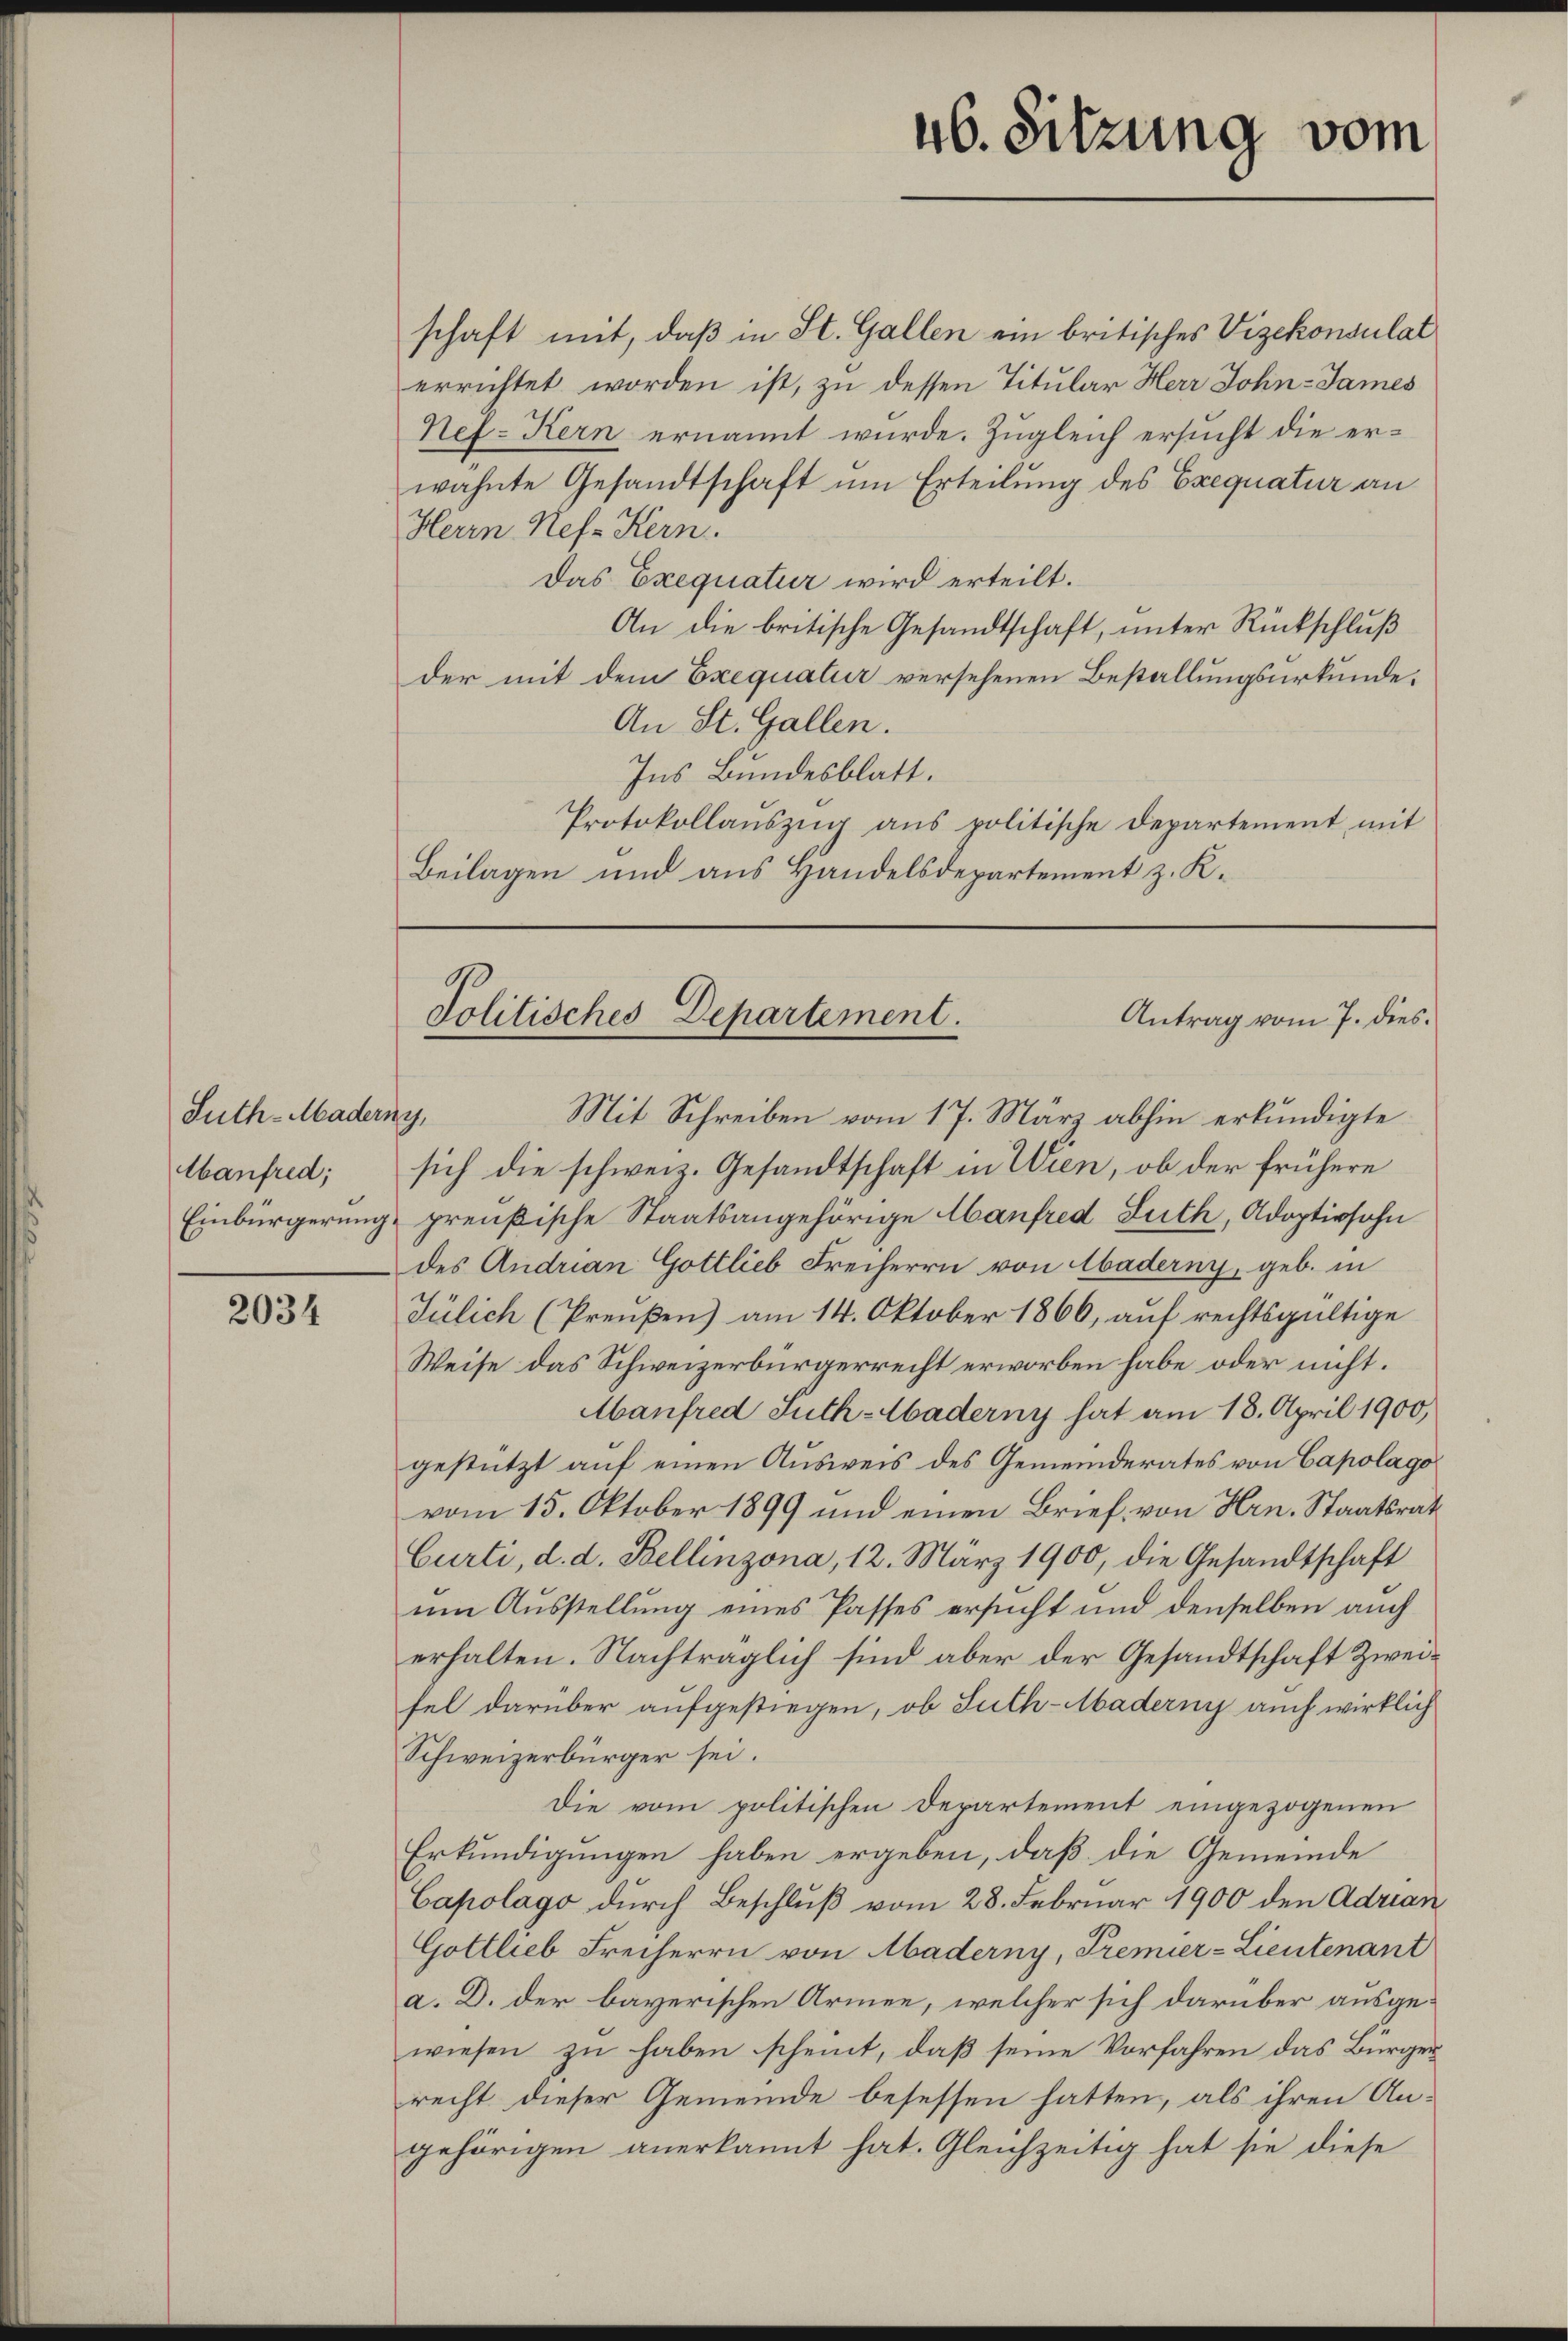
Suth-Maderny,
Abanfred;

2034

schaft mit, daß in St. Gallen ein britisches Vizekonsulat
errichtet worden ist, zu dessen Titular Herr John-James
Nef-Kern ernannt wurde. Zugleich ersucht die erwähnte Gesandtschaft um Erteilung des Exequatur an
Herrn Ref. Kern.
Das Exequatur wird erteilt.
An die britische Gesandtschaft, unter Rückschluß
der mit dem Exequatur versehenen Bestallungsurkunde:
An St. Gallen.
Ins Bundesblatt.
Protokollaŭszŭg ans politische Departement mit
Beilagen und aus Handelsdepartement z. K.

46. Sitzung vom

Mit Schreiben vom 17. März abhin erkundigte
sich die schweiz. Gesandtschaft in Wien, ob der frühere
Einbürgerung preußische Staatsangehörige Abanfred Luth, Adoptivsohn
des Andrian Gottlieb Freiherrn von Abaderny, geb. in
Jülich (Preußen) am 14. Oktober 1866, auf rechtsgültige
Weise das Schweizerbürgerrecht erworben habe oder nicht.
Manfred Suth-Haderny hat am 18. April 1900,
gestützt auf einen Ausweis des Gemeinderates von Capolago
vom 15. Oktober 1899 und einen Brief von Hrn. Staatsrat
Curti, d. d. Bellinzona, 12. März 1900, die Gesandtschaft
um Ausstellung eines Passes ersucht und denselben auch
erhalten. Nachträglich sind aber der Gesandtschaft Zweifel darüber aufgestiegen, ob Suth-Maderny auch wirklich
Schweizerbürger sei.
Die vom politischen Departement eingezogenen
Erkundigungen haben ergeben, daß die Gemeinde
Capolago durch Beschluß vom 28. Februar 1900 den Adrian
Gottlieb Freiherrn von Maderny, Premier-Lieutenant
a. D. der bayerischen Armee, welcher sich darüber ausgewiesen zu haben scheint, daß seine Vorfahren das Bürgerrecht dieser Gemeinde besessen hatten, als ihren Angehörigen anerkannt hat. Gleichzeitig hat sie diese

Politisches Departement.
Antrag vom 7. dies.